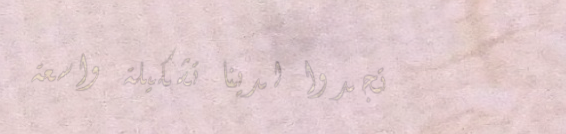
تجدوا لدينا تشكيلة واسعة